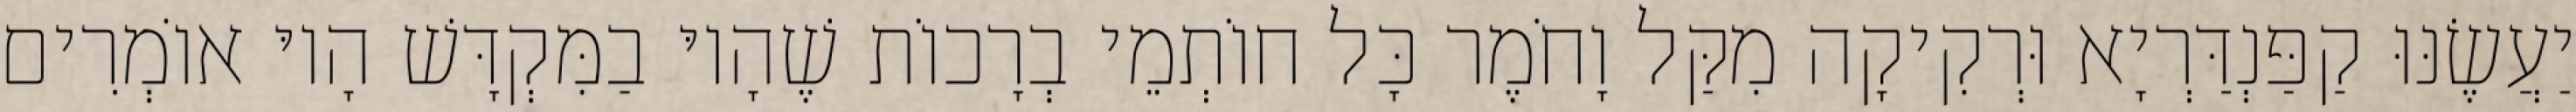
יַעֲשֶׂנּוּ קַפַּנְדַּרְיָא וּרְקִיקָה מִקַּל וָחֹמֶר כָּל חוֹתְמֵי בְרָכוֹת שֶׁהָיוּ בַמִּקְדָּשׁ הָיוּ אוֹמְרִים